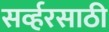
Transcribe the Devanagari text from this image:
सर्व्हरसाठी